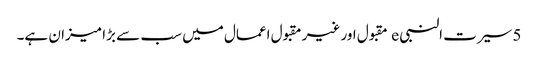
5 سیرت النبی e مقبول اور غیر مقبول اعمال میں سب سے بڑا میزان ہے۔